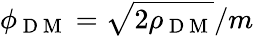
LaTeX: \phi_{\mathrm{~D~M~}}=\sqrt{2\rho_{\mathrm{~D~M~}}}/m